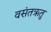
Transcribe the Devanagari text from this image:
वसंतऋतु